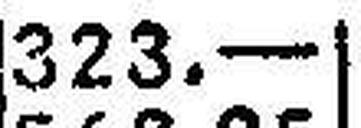
323.—